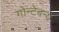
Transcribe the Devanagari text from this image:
गोन्टेबन्ये